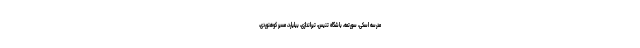
مدرسه اسکی، سورتمه، باشگاه تنیس، تیراندازی، بیلیارد، مسیر کوهنوردی،